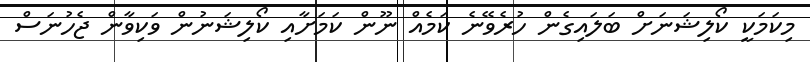
މިކަމަކީ ކޯލިޝަނަށް ބަލައިގެން ހުރެވޭނެ ކަމެއް ނޫން ކަމަށާއި ކޯލިޝަނުން ވަކިވާން ޖެހުނަސް